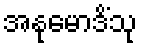
အနုမောဒိံသု